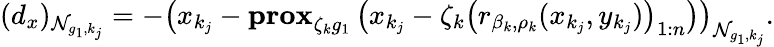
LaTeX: (d_{x})_{\mathcal{N}_{g_{1},k_{j}}}=-\left(x_{k_{j}}-\textbf{prox}_{\zeta_{k}g_{1}}\left(x_{k_{j}}-\zeta_{k}\left(r_{\beta_{k},\rho_{k}}(x_{k_{j}},y_{k_{j}})\right)_{1:n}\right)\right)_{\mathcal{N}_{g_{1},k_{j}}}.